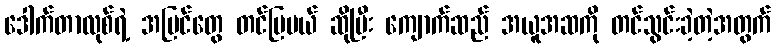
ဒေါက်တာလုစ်ရဲ့ အမြင်တွေ တင်ပြမယ် ဆိုပြီး ကျောက်ဆည် အယူအဆကို တင်သွင်းခဲ့တဲ့အတွက်